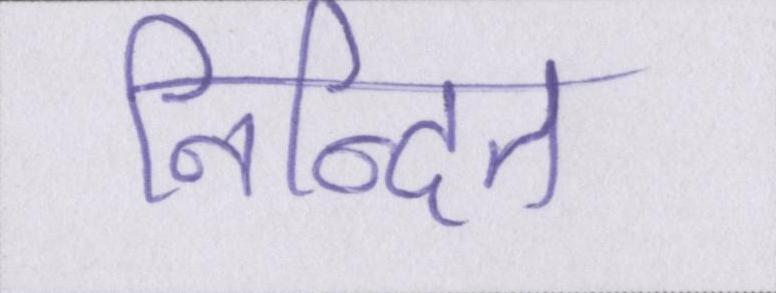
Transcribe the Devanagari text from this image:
निन्दित